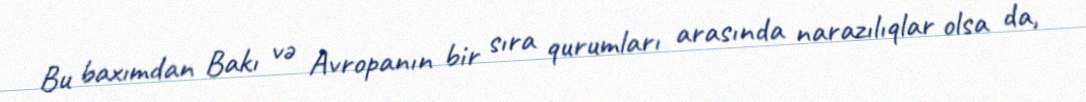
Bu baxımdan Bakı və Avropanın bir sıra qurumları arasında narazılıqlar olsa da,